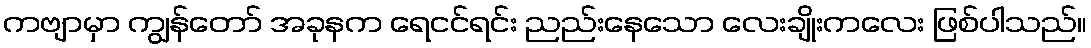
ကဗျာမှာ ကျွန်တော် အခုနက ရေငင်ရင်း ညည်းနေသော လေးချိုးကလေး ဖြစ်ပါသည်။